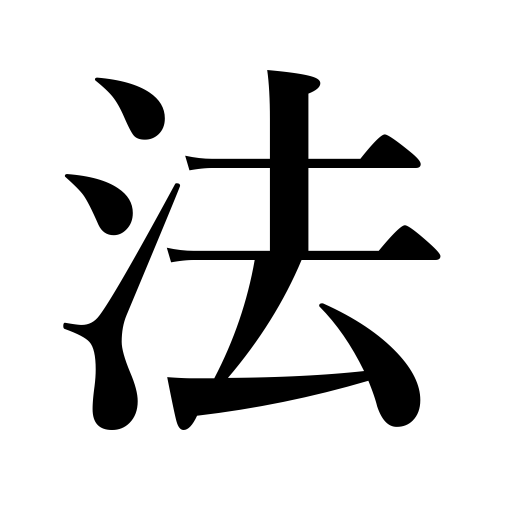
Meanings: manner,way,reason,law,system,rule,method,regulation,principle,legislation,rites,religion,model,code,doctrine,process,technique,mood of verbs,art